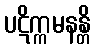
ပဋိက္ကမနန္တိ